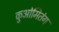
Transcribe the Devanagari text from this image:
कुओमितंग